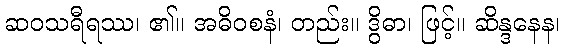
ဆဝသရီရဿ၊ ၏။ အဓိဝစနံ၊ တည်း။ ဒွိဓာ၊ ဖြင့်။ ဆိန္ဒနေန၊